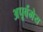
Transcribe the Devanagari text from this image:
अपूर्वमेय